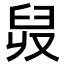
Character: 𦥠